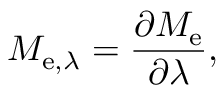
M _ { \mathrm { e } , \lambda } = { \frac { \partial M _ { \mathrm { e } } } { \partial \lambda } } ,